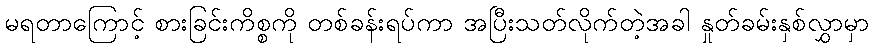
မရတာကြောင့် စားခြင်းကိစ္စကို တစ်ခန်းရပ်ကာ အပြီးသတ်လိုက်တဲ့အခါ နှုတ်ခမ်းနှစ်လွှာမှာ